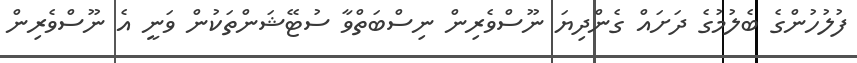
ފުލުހުންގެ ބެލުމުގެ ދަށައް ގެންދިޔަ ނޫސްވެރިން ނިސްބަތްވާ ސުޓޭޝަންތަކުން ވަނީ އެ ނޫސްވެރިން